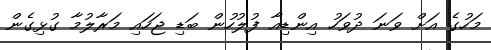
މަހުގެ އަށް ވަނަ ދުވަހު އިންޑިއާ ފުލުހުން ބަޑި ޖަހައި މަރާލުމާ ގުޅިގެން